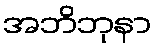
အဘိဘုနာ